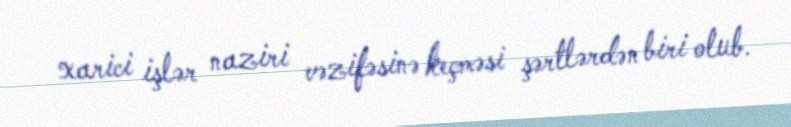
xarici işlər naziri vəzifəsinə keçməsi şərtlərdən biri olub.